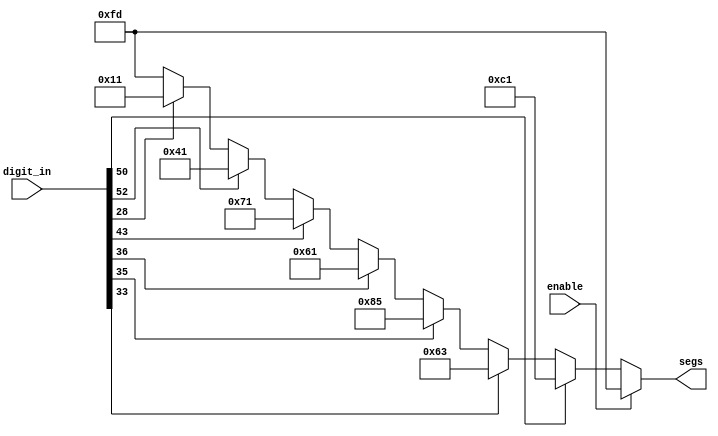
`timescale 1ns / 1ps
//////////////////////////////////////////////////////////////////////////////////
// Company: 
// Engineer: 
// 
// Design Name: 
// Module Name: display
// Project Name: 
// Target Devices: 
// Tool Versions: 
// Description: 
// 
// Dependencies: 
// 
// Revision:
// Revision 0.01 - File Created
// Additional Comments:
// 
//////////////////////////////////////////////////////////////////////////////////

`define Do 8'b01100011
`define Re 8'b10000101
`define Mi 8'b01100001
`define Fa 8'b01110001
`define So 8'b01000001
`define La 8'b00010001
`define Si 8'b11000001

module display(enable, digit_in, segs);
input enable;
input [511:0] digit_in;
output reg [7:0] segs;

always @* 
begin
    if(~enable)
    begin
        if (digit_in[9'h032]) segs = `Si;
        else if (digit_in[9'h021]) segs = `Do;
        else if (digit_in[9'h023]) segs = `Re;
        else if (digit_in[9'h024]) segs = `Mi;
        else if (digit_in[9'h02B]) segs = `Fa;
        else if (digit_in[9'h034]) segs = `So;
        else if (digit_in[9'h01C]) segs = `La;       
        else segs = 8'b11111101;
    end
    else
        segs = 8'b11111101;
end    
endmodule